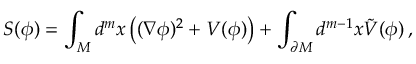
{ \cal S } ( \phi ) = \int _ { \cal M } d ^ { m } x \left( ( \nabla \phi ) ^ { 2 } + V ( \phi ) \right) + \int _ { \partial { \cal M } } d ^ { m - 1 } x \tilde { V } ( \phi ) \, ,